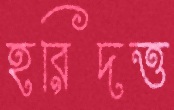
হরিদত্ত